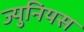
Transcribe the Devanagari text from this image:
ज्युनियस